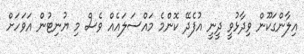
އިލާންގަކޫން ވިދާޅުވީ ދީނީ އުފެދޭ ކޮންމެ މައްސަލައެއް ވެސް މި ޔުނިޓުން އަވަހަށް